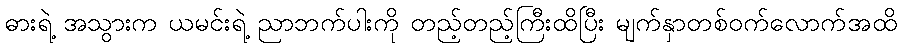
ဓားရဲ့ အသွားက ယမင်းရဲ့ ညာဘက်ပါးကို တည့်တည့်ကြီးထိပြီး မျက်နှာတစ်ဝက်လောက်အထိ